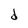
Character: d